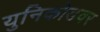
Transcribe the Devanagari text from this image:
युनिकोडवर